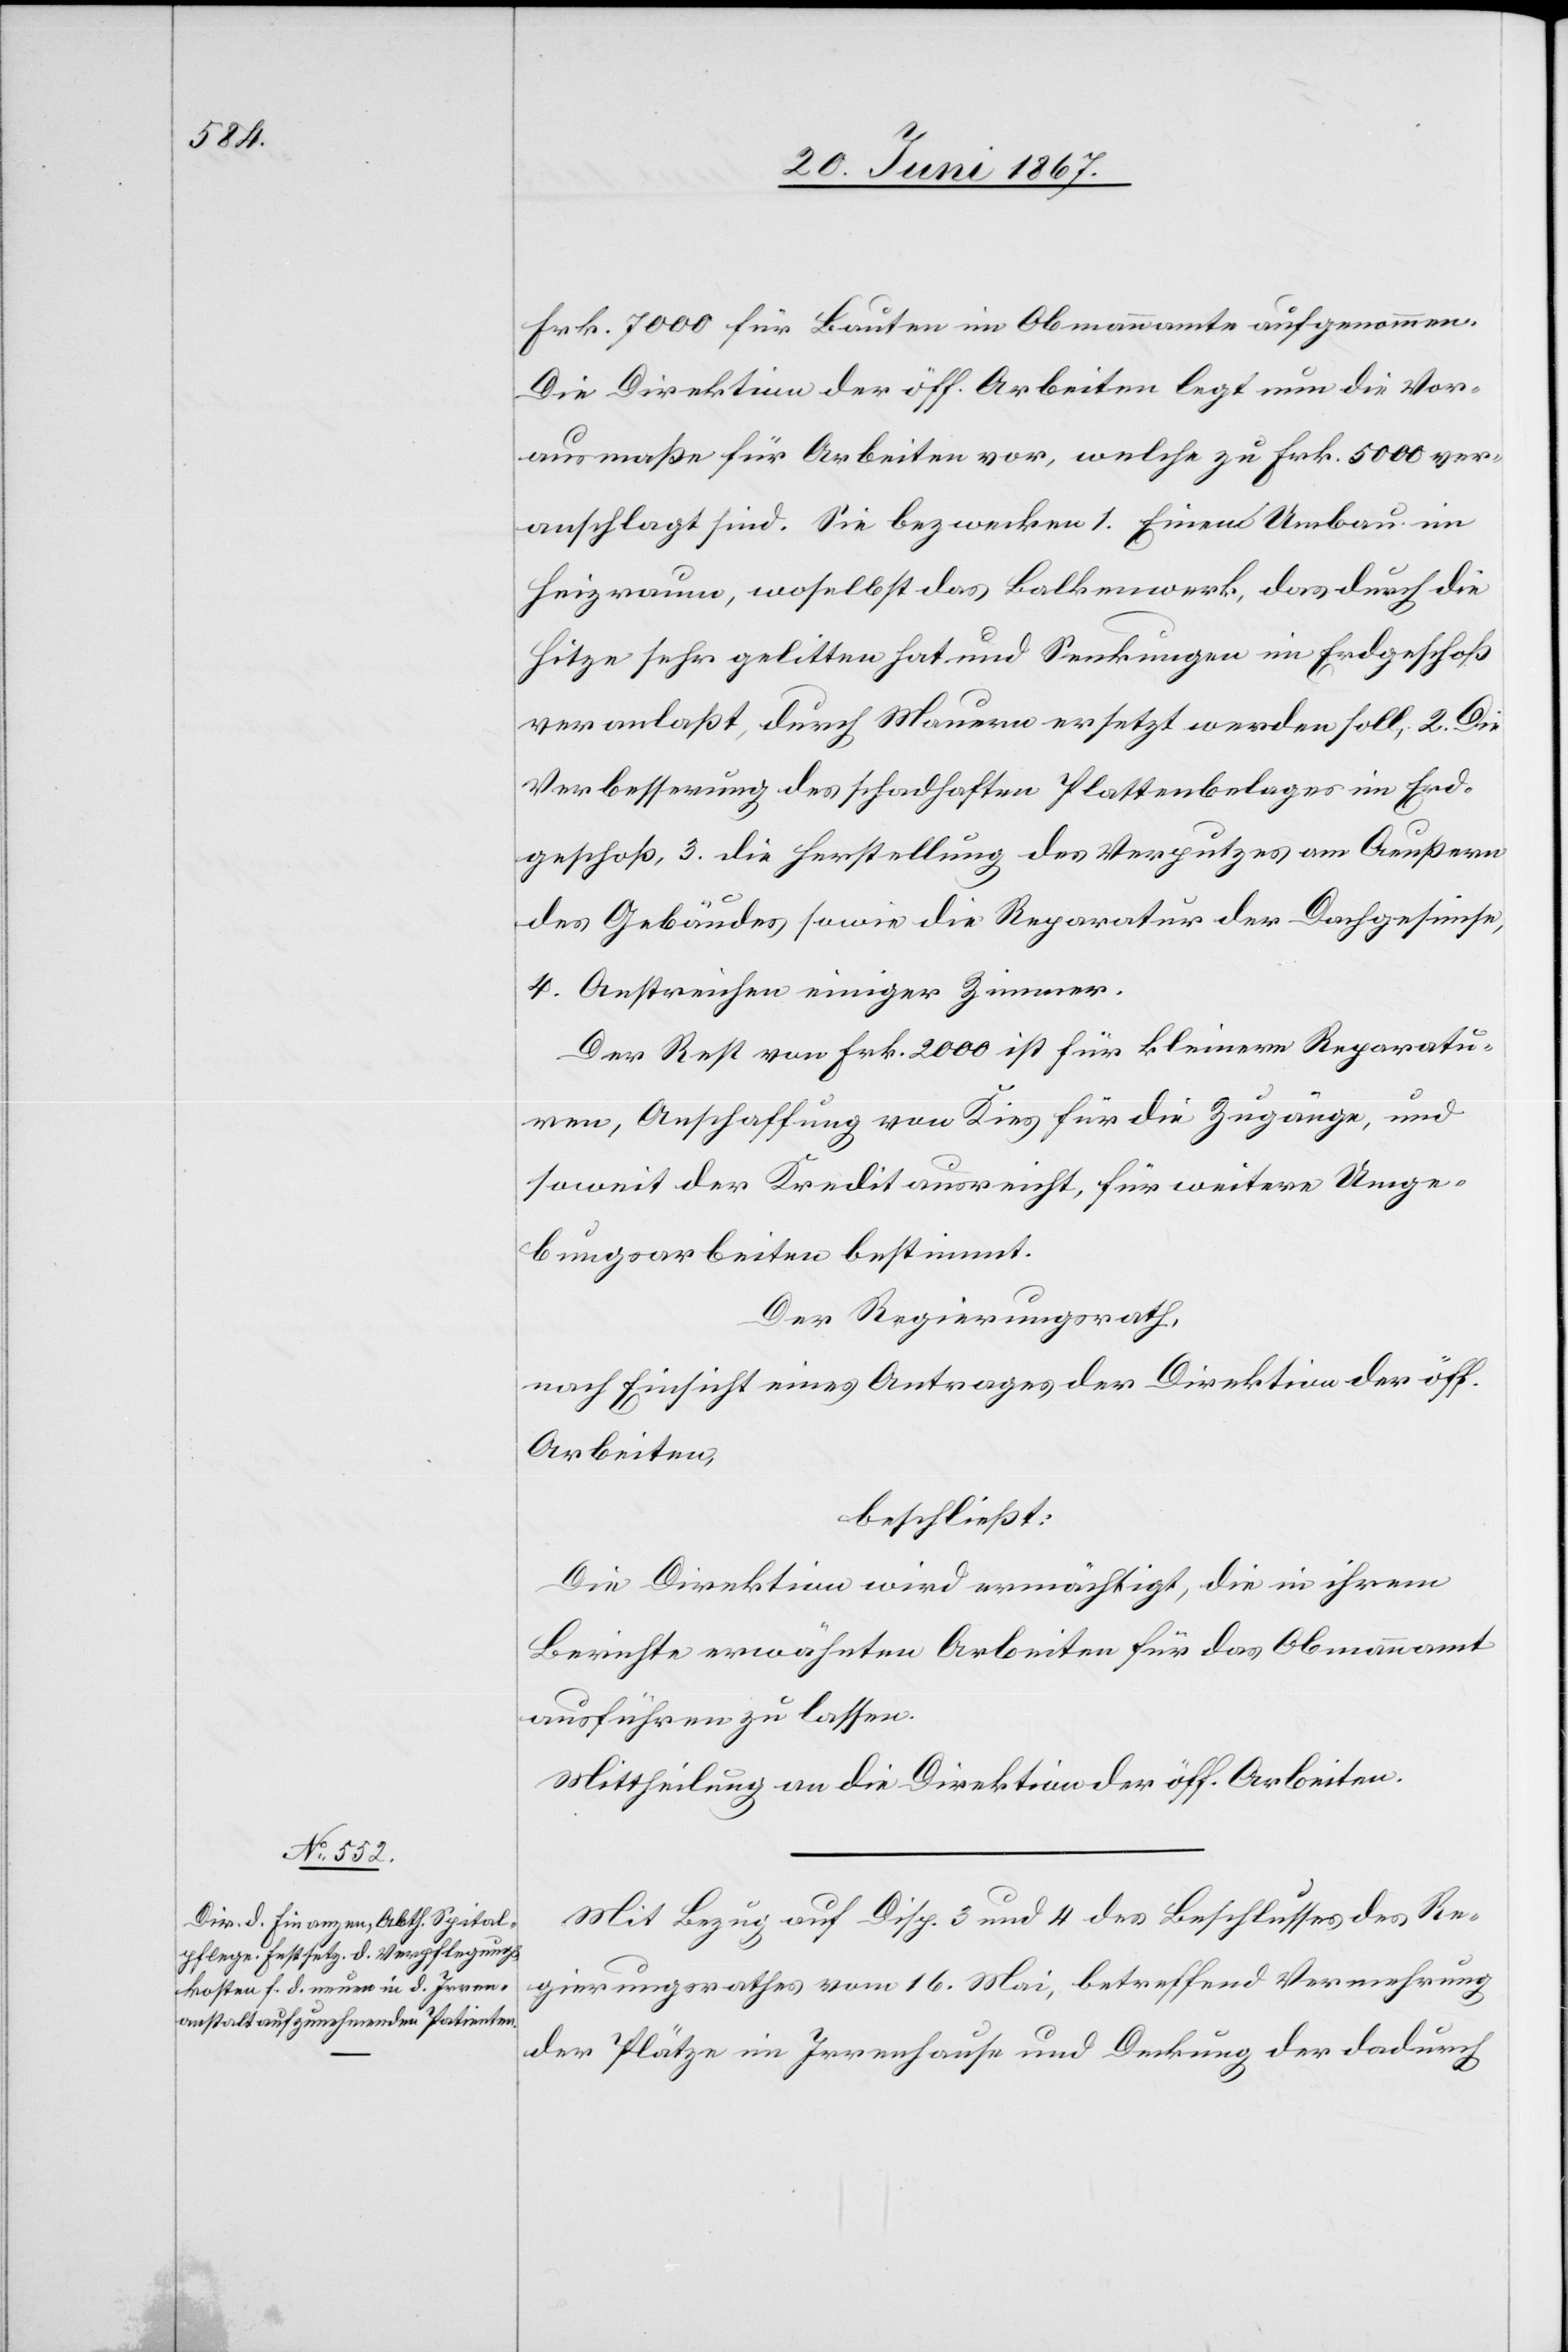
Frk. 7000 für Bauten im Obmannamte aufgenommen.
Die Direktion der öff. Arbeiten legt nun die Vor¬
ausmaße für Arbeiten vor, welche zu Frk. 5000 ver¬
anschlagt sind. Sie bezwecken 1. Einen Umbau im
Heizraum, woselbst das Balkenwerk, das durch die
Hitze sehr gelitten hat und Senkungen im Erdgeschoß
veranlaßt, durch Mauern ersetzt werden soll, 2. Die
Verbesserung des schadhaften Plattenbelages im Erd¬
geschoß, 3. die Herstellung des Verputzes am Aeußern
des Gebäudes sowie die Reparatur der Dachgesimse,
4. Anstreichen einiger Zimmer.
Der Rest von Frk. 2000 ist für kleinere Reparatu¬
ren, Anschaffung von Kies für die Zugänge, und
soweit der Kredit ausreicht, für weitere Umge¬
bungsarbeiten bestimmt.
Der Regierungsrath,
nach Einsicht eines Antrages der Direktion der öff.
Arbeiten,
beschließt:
Die Direktion wird ermächtigt, die in ihrem
Berichte erwähnten Arbeiten für das Obmannamt
ausführen zu lassen.
Mittheilung an die Direktion der öff. Arbeiten.
Mit Bezug auf Disp. 3 und 4 des Beschlusses des Re¬
gierungsrathes vom 16. Mai, betreffend Vermehrung
der Plätze im Irrenhause und Deckung der dadurch